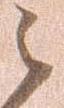
之